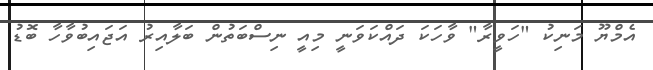
އެމްޔޫ މަނިކު "ހަވީރާ" ވާހަކަ ދައްކަވަނީ މިއީ ނިސްބަތުން ބަލާއިރު އަޖައިބުވާހާ ބޮޑު